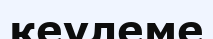
кеулеме